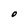
Character: O